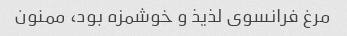
مرغ فرانسوی لذیذ و خوشمزه بود، ممنون